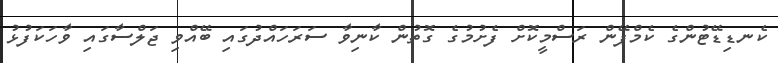
ކެނޑިޑޭޓުންގެ ކެމްޕޭން ރަސްމީކޮށް ފެށުމުގެ ގޮތުން ކާނިވާ ސަރަހައްދުގައި ބޭއްވި ޖަލްސާގައި ވާހަކަފުޅު